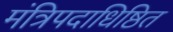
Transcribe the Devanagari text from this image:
मंत्रिपदाधिष्ठित